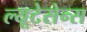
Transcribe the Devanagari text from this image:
ल्यूटेसेन्स